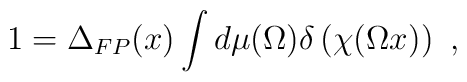
1 = \Delta_{FP}(x)\int d\mu(\Omega) \delta\left(\chi(\Omega x)\right)\ ,